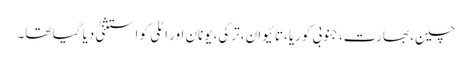
چین، بھارت،جنوبی کوریا،تائیوان،ترکی، یونان اور اٹلی کو استثنیٰ دیا گیا تھا۔